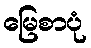
မြေစာပုံ